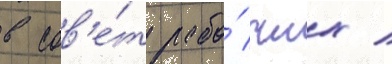
в сов'е́т рабо́чих /